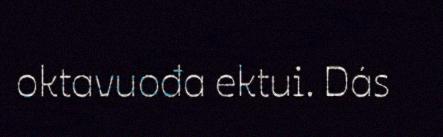
oktavuođa ektui. Dás